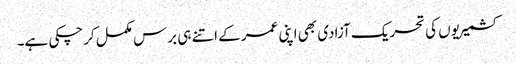
کشمیریوں کی تحریک آزادی بھی اپنی عمر کے اتنے ہی برس مکمل کرچکی ہے۔